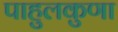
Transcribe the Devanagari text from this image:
पाहुलकुणा